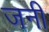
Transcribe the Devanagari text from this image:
जनीं